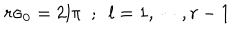
r \sigma _ { 0 } = 2 l \pi ~ ~ ; ~ ~ l = 1 , \cdots , r - 1